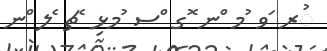
ުރ ަވ ުމ ްނ ޮގ ްސ ުމޅި ެޗ ެލ ްނ